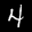
Label: 4